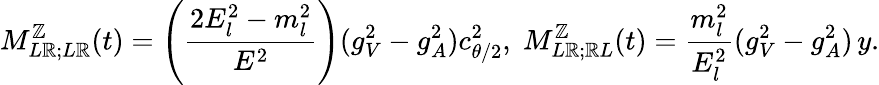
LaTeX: M_{L\mathbb{R};L\mathbb{R}}^{\mathbb{Z}}(t)=\left(\frac{{2E_{l}^{2}-m_{l}^{2}}}{{E^{2}}}\right)(g_{V}^{2}-g_{A}^{2})c_{\theta/2}^{2},\; M_{L\mathbb{R};\mathbb{R}L}^{\mathbb{Z}}(t)=\frac{{m_{l}^{2}}}{{E_{l}^{2}}}(g_{V}^{2}-g_{A}^{2})\, y.